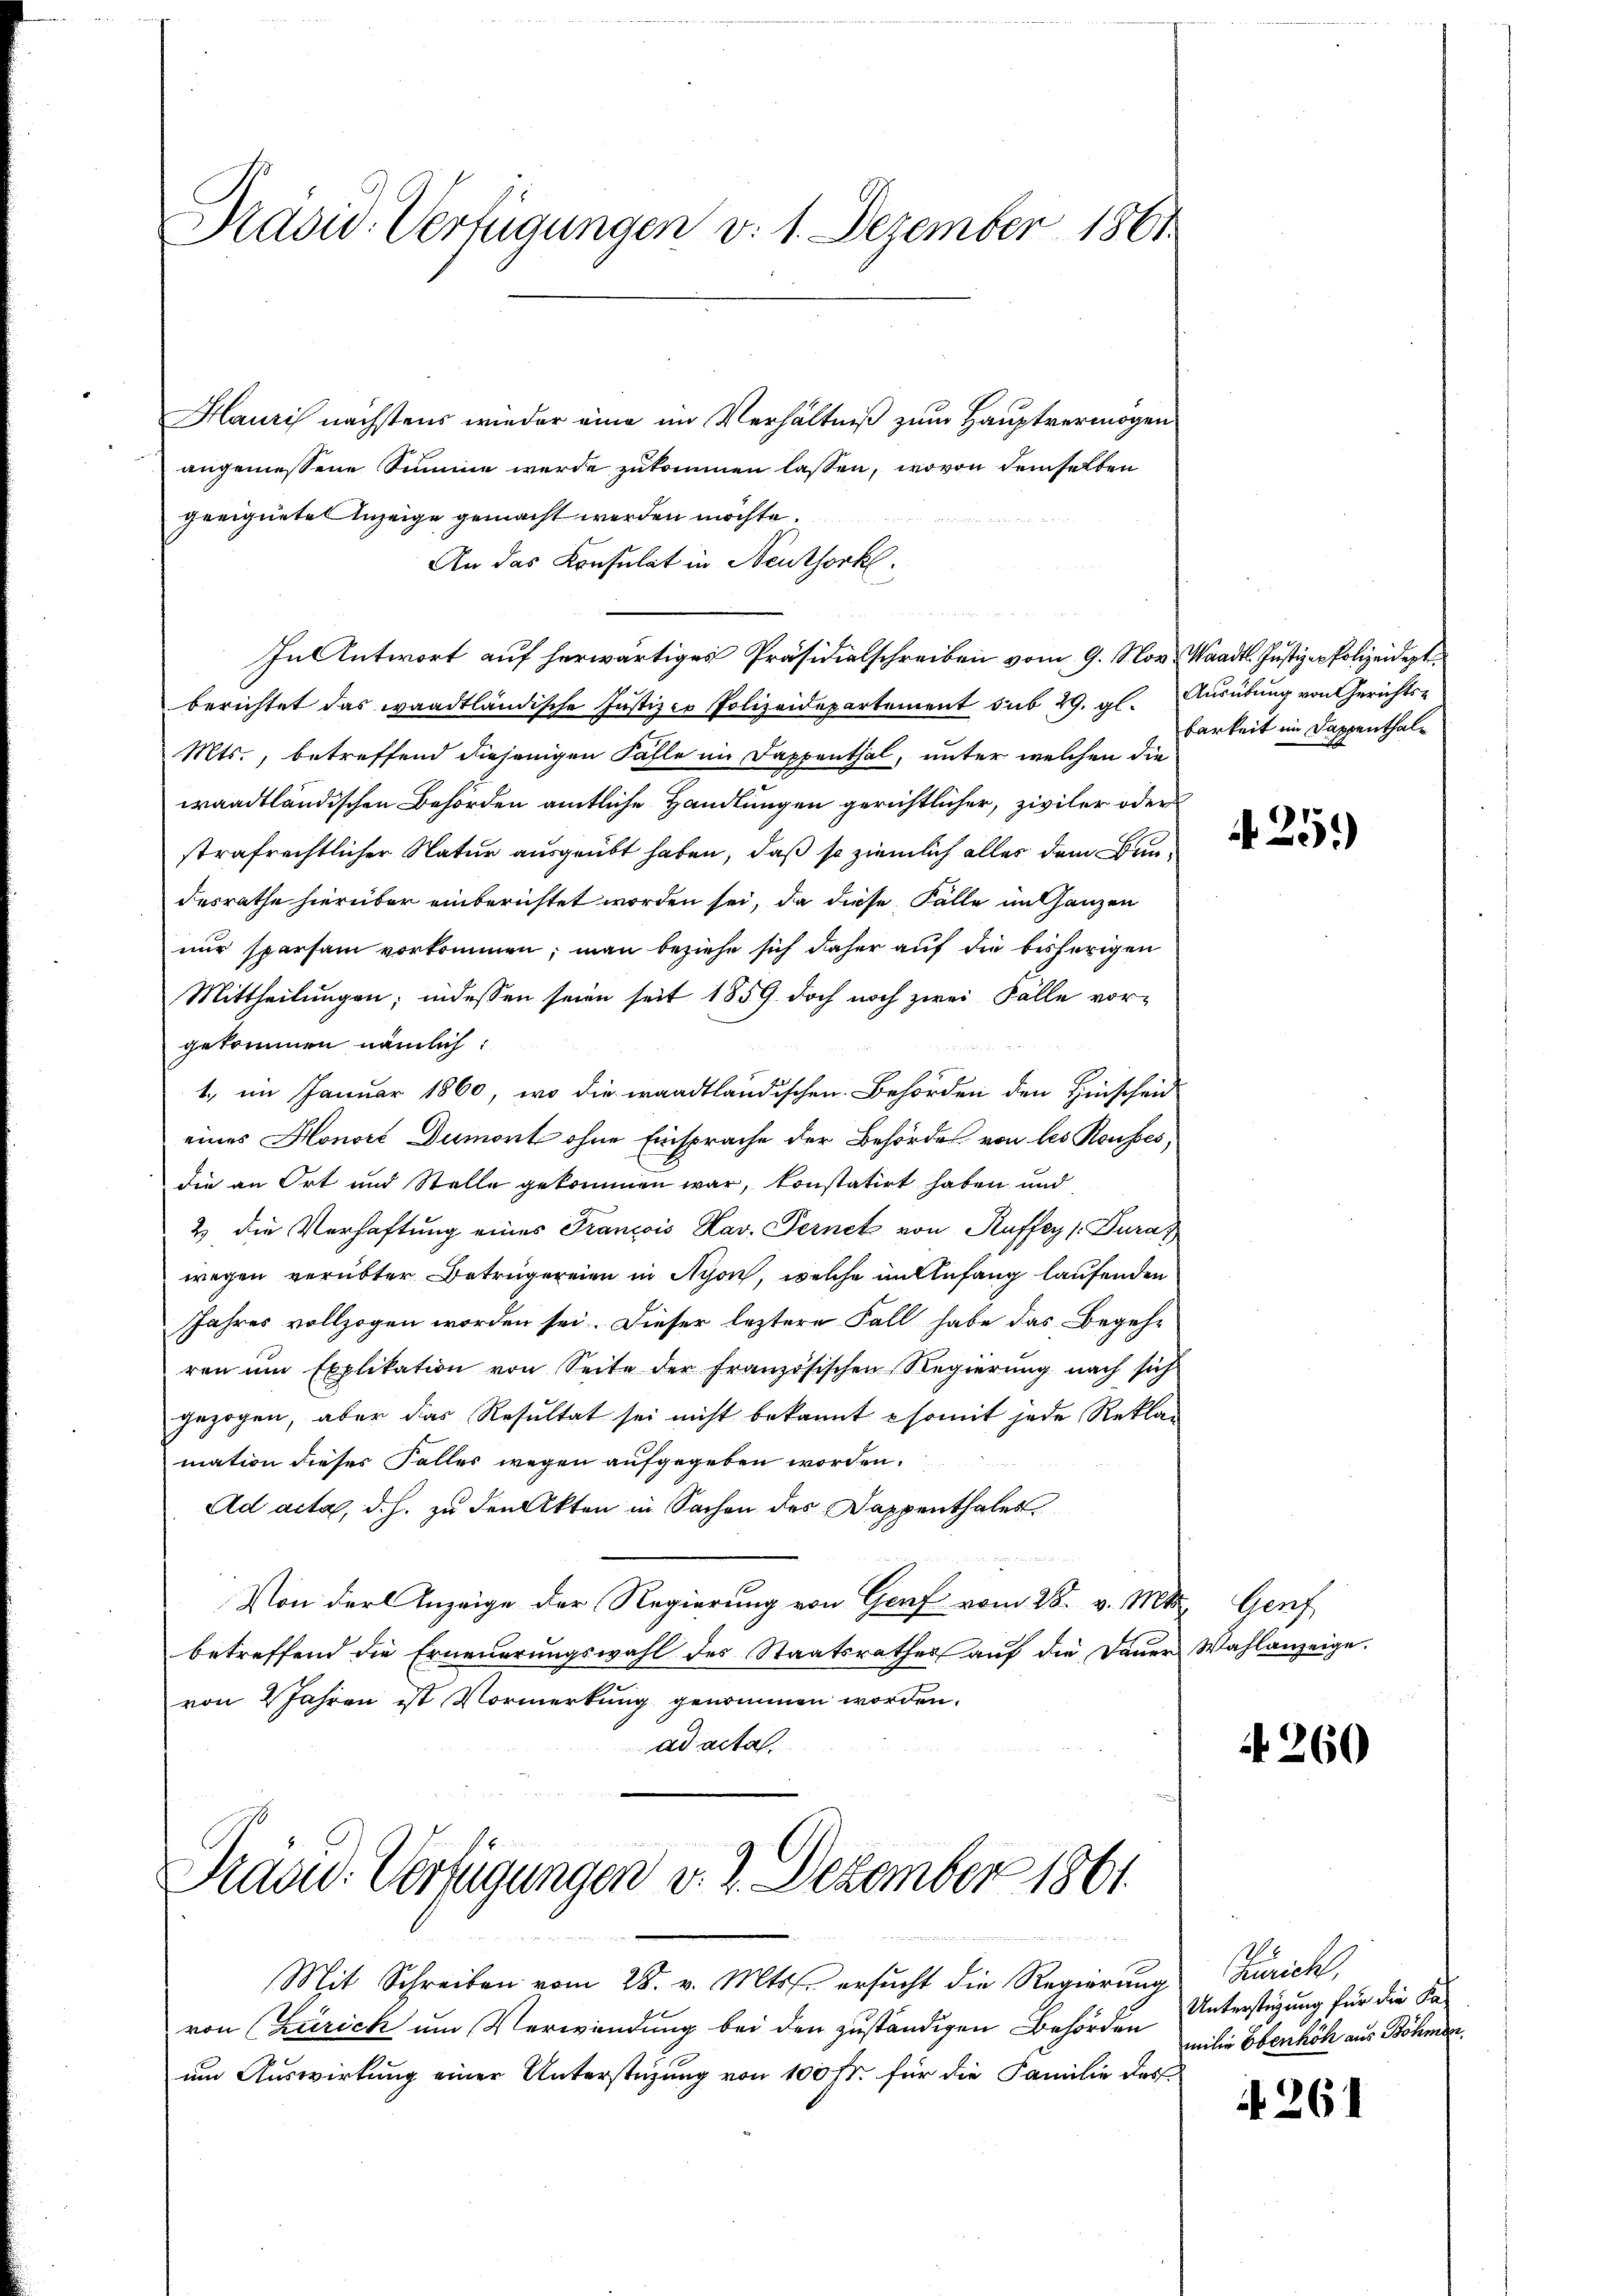
Präsid. Verfügungen v. 1. Dezember 1861

Hauris nächstens wieder eine im Verhältniß zum Hauptvermögen
angemessene Summe werde zukommen lassen, wovon demselben
geeignete Anzeige gemacht werden möchte.
An das Konsulat in Neuthorkl.
In Antwort auf herwärtiges Präsidialschreiben vom 9. Nov. Waadt. Justiz-Polizeideptberichtet das waadtländische Justizer Polizeidepartement sub 29. gl. Ausübung von Gerichts-
Mts., betreffend diejenigen Fahle im Dappenthal, unter welchen die
waadtländischen Behörden amtliche Handlungen gerichtlicher, ziviler oder
strafrechtlicher Natur ausgeübt haben, daß so ziemlich alles dem Bundesrathe hierüber einberichtet worden sei, da diese Fälle im Ganzen
nur sparsam vorkommen; man beziehe sich daher auf die bisherigen
Mittheilungen; indessen seien seit 1859 doch noch zwei Fälle vorgekommen nämlich:
1., im Januar 1860, wo die waadtländischen Behörden den Hinschen
eines Honori Dumont ohne Einsprache der Behördes von les Konfesdie an Ort und Stelle gekommen war, konstatirt haben und
2) die Verhaftung eines Francois Xav. Fernek von Ruffey [Dura
wegen verübter Betrügereien in Nyon, welche in Anfang laufenden
Jahres vollzogen worden sei. Dieser leztere Fall habe das Begehren um Explikation von Seite der französischen Regierung nach sich
gezogen, aber das Resŭltat sei nicht bekannt somit jede Reklag
mation dieses Falles wegen aufgegeben worden.
Ad acta, d. h. zu den Akten in Sachen des Dappenthales,
Von der Anzeige der Regierung von Genf vom 28. v. Mts. Genf
betreffend die Erneŭerŭngswahl des Staatsrathes aŭf die Daŭer Wahlanzeige.
von 2 Jahren ist Vormerkung genommen worden.
ad acta.

Präsid. Verfügungen v. 2. Dezember 1861

Mit Schreiben vom 28. v. Mts. ersŭcht die Regierŭng Zürich,
von Zürich um Verwendung bei den zuständigen Behörden
um Auswirkung einer Unterstüzung von 100 fr. für die Familie das

barkeit im Dappenthal¬

A.25)

f 260

Unterstigung für die Ka-
milie Ebenhöh aus Böhmen.

A 261